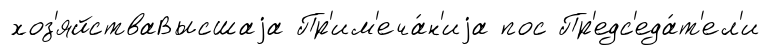
хоз'яйстваВысшаjа Пр'им'еча́н'иjа пос Пр'едс'еда́т'ел'и